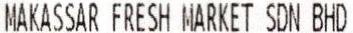
MAKASSAR FRESH MARKET SDN BHD